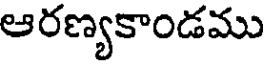
ఆరణ్యకాండము